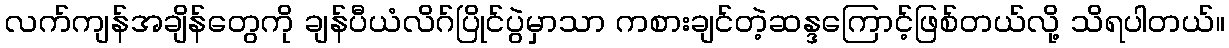
လက်ကျန်အချိန်တွေကို ချန်ပီယံလိဂ်ပြိုင်ပွဲမှာသာ ကစားချင်တဲ့ဆန္ဒကြောင့်ဖြစ်တယ်လို့ သိရပါတယ်။